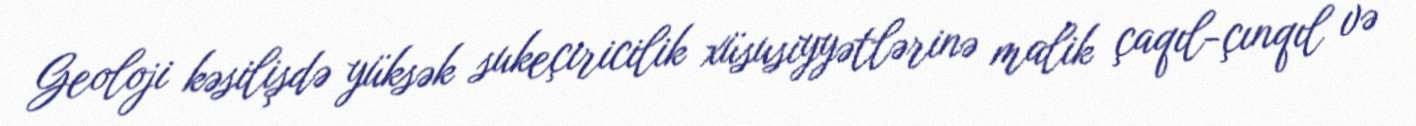
Geoloji kəsilişdə yüksək sukeçiricilik xüsusiyyətlərinə malik çaqıl-çınqıl və